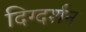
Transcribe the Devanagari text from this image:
दिग्‍दर्शन